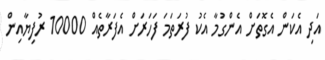
އަދި އެކަން އެގޮތަށް އެންގުމާ އެކު ފުރަތަމަ ފަހަރަށް އެފަރާތެއް 10000 ރުފިޔާއިން